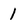
Character: 1